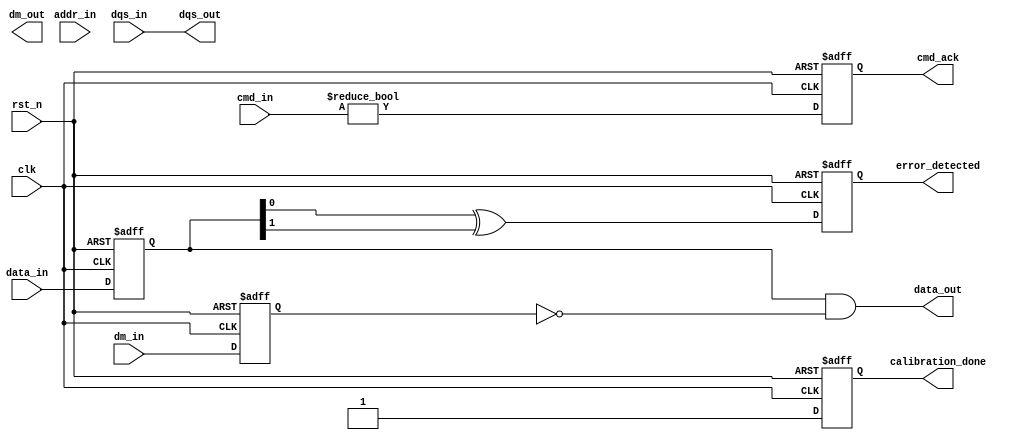
module ddr5_io_block (
    // Clock and Reset
    input wire clk,              // High-frequency clock input
    input wire rst_n,            // Active-low reset

    // Data Interface
    input wire [63:0] data_in,   // 64-bit data input from memory controller
    output wire [63:0] data_out,  // 64-bit data output to DDR5 memory
    input wire [7:0] dm_in,       // Data mask input for write operations
    output wire [7:0] dm_out,      // Data mask output for write operations

    // Data Strobe Interface
    input wire dqs_in,             // Data Strobe input
    output wire dqs_out,           // Data Strobe output

    // Command Interface
    input wire [3:0] cmd_in,       // Command signals from memory controller
    output wire cmd_ack,           // Command acknowledgment signal

    // Address Interface
    input wire [15:0] addr_in,     // Address lines for memory operations

    // Status and Calibration
    output wire calibration_done,   // Calibration completion signal
    output wire error_detected      // Error detection signal
);

// Internal Signals
reg [63:0] data_buf;
reg [7:0] dm_buf;
reg cmd_ack_reg;
reg calibration_done_reg;
reg error_detected_reg;

// Input Buffer
always @(posedge clk or negedge rst_n) begin
    if (!rst_n) begin
        data_buf <= 64'b0;
        dm_buf <= 8'b0;
    end else begin
        // Capture incoming data and data mask
        data_buf <= data_in;
        dm_buf <= dm_in;
    end
end

// Output Buffer
assign data_out = data_buf & ~dm_buf;  // Apply data mask during read
assign dqs_out = dqs_in;               // Drive the DQS output

// Command Decoder
always @(posedge clk or negedge rst_n) begin
    if (!rst_n) begin
        cmd_ack_reg <= 1'b0;
    end else begin
        // Simple command acknowledgment logic
        cmd_ack_reg <= (cmd_in != 4'b0000); // Acknowledge non-zero commands
    end
end

assign cmd_ack = cmd_ack_reg;

// Calibration Logic
always @(posedge clk or negedge rst_n) begin
    if (!rst_n) begin
        calibration_done_reg <= 1'b0;
    end else begin
        // Placeholder for calibration logic
        calibration_done_reg <= 1'b1; // Assume calibration is done after some time
    end
end

assign calibration_done = calibration_done_reg;

// Error Detection Logic (Placeholder)
always @(posedge clk or negedge rst_n) begin
    if (!rst_n) begin
        error_detected_reg <= 1'b0;
    end else begin
        // Simple error detection logic (could be more complex)
        error_detected_reg <= (data_buf[0] ^ data_buf[1]); // Example condition
    end
end

assign error_detected = error_detected_reg;

endmodule